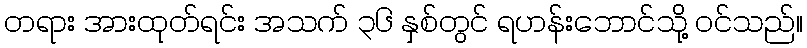
တရား အားထုတ်ရင်း အသက် ၃၆ နှစ်တွင် ရဟန်းဘောင်သို့ ဝင်သည်။